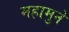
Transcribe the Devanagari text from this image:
महामुने